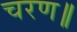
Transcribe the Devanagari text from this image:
चरण॥